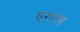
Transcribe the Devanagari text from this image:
एरातस